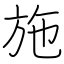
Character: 施